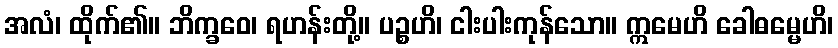
အလံ၊ ထိုက်၏။ ဘိက္ခဝေ၊ ရဟန်းတို့။ ပဉ္စဟိ၊ ငါးပါးကုန်သော။ ဣမေဟိ ခေါဓမ္မေဟိ၊